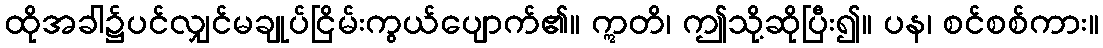
ထိုအခါ၌ပင်လျှင်မချုပ်ငြိမ်းကွယ်ပျောက်၏။ ဣတိ၊ ဤသို့ဆိုပြီး၍။ ပန၊ စင်စစ်ကား။